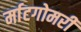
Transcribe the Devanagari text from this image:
र्माटगोमरी